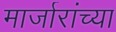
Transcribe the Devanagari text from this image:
मार्जारांच्या